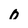
Character: 0